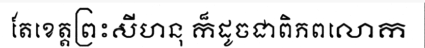
តែខេត្តព្រះសីហនុ ក៏ដូចជាពិភពលោក